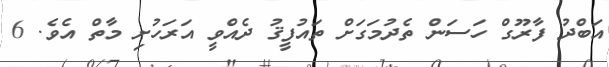
އަބްދު ފާރޫގް ހަސަން ތެދުމަގަށް ތައުފީޤު ދެއްވީ އަރަހުށި މާތް އެވެ. 6